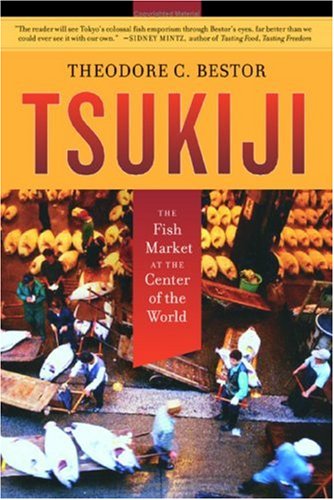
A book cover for Tsukiji: The Fish Market at the Center of the World; Theodore C. Bestor; Business & Money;